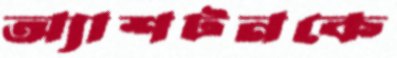
অ্যাশটনকে